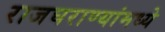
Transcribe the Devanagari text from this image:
राजघराण्यांमध्ये